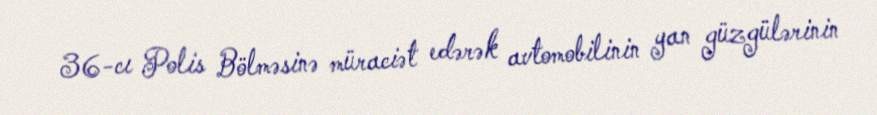
36-cı Polis Bölməsinə müraciət edərək avtomobilinin yan güzgülərinin